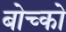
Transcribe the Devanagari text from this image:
बोच्को